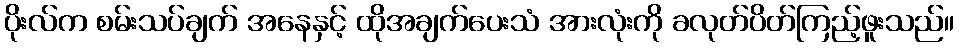
ပိုးလ်က စမ်းသပ်ချက် အနေနှင့် ထိုအချက်ပေးသံ အားလုံးကို ခလုတ်ပိတ်ကြည့်ဖူးသည်။